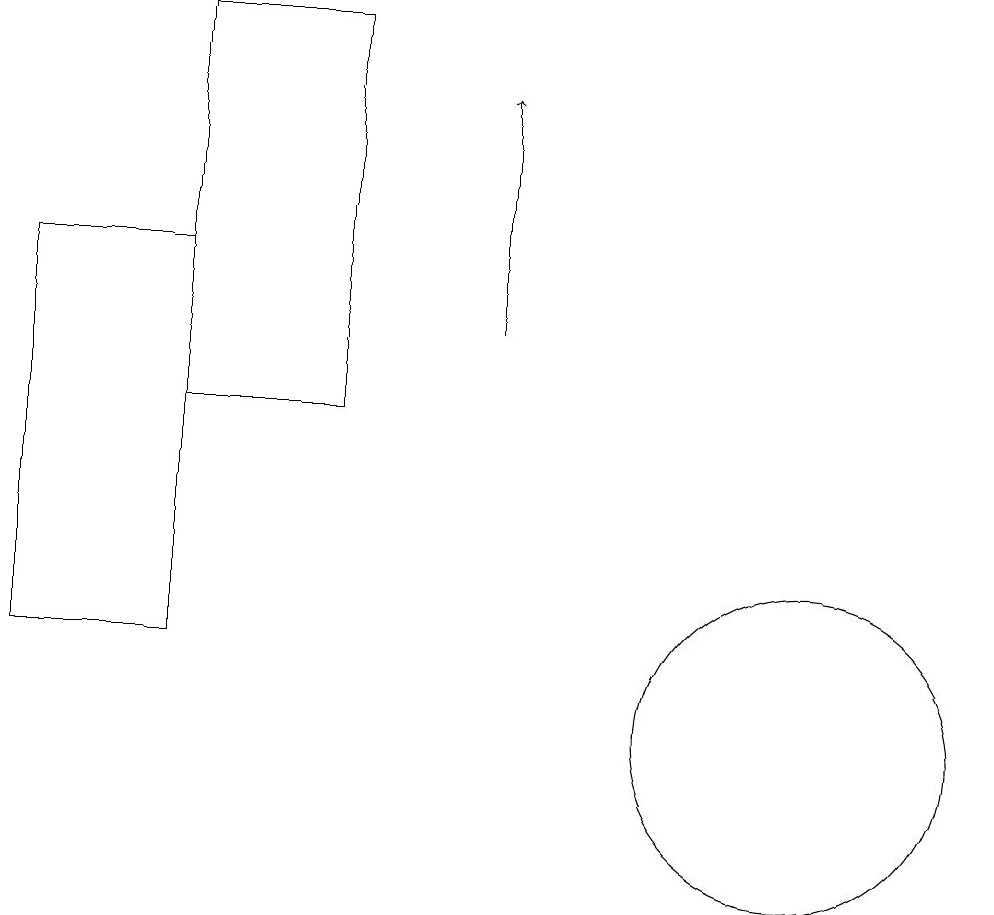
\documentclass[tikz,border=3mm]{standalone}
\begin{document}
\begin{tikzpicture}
\draw (6,14) rectangle (4,19);
\draw[->] (8,15) -- (8,18);
\draw (2,16) rectangle (4,11);
\draw (12,10) circle (2);
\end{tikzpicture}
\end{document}